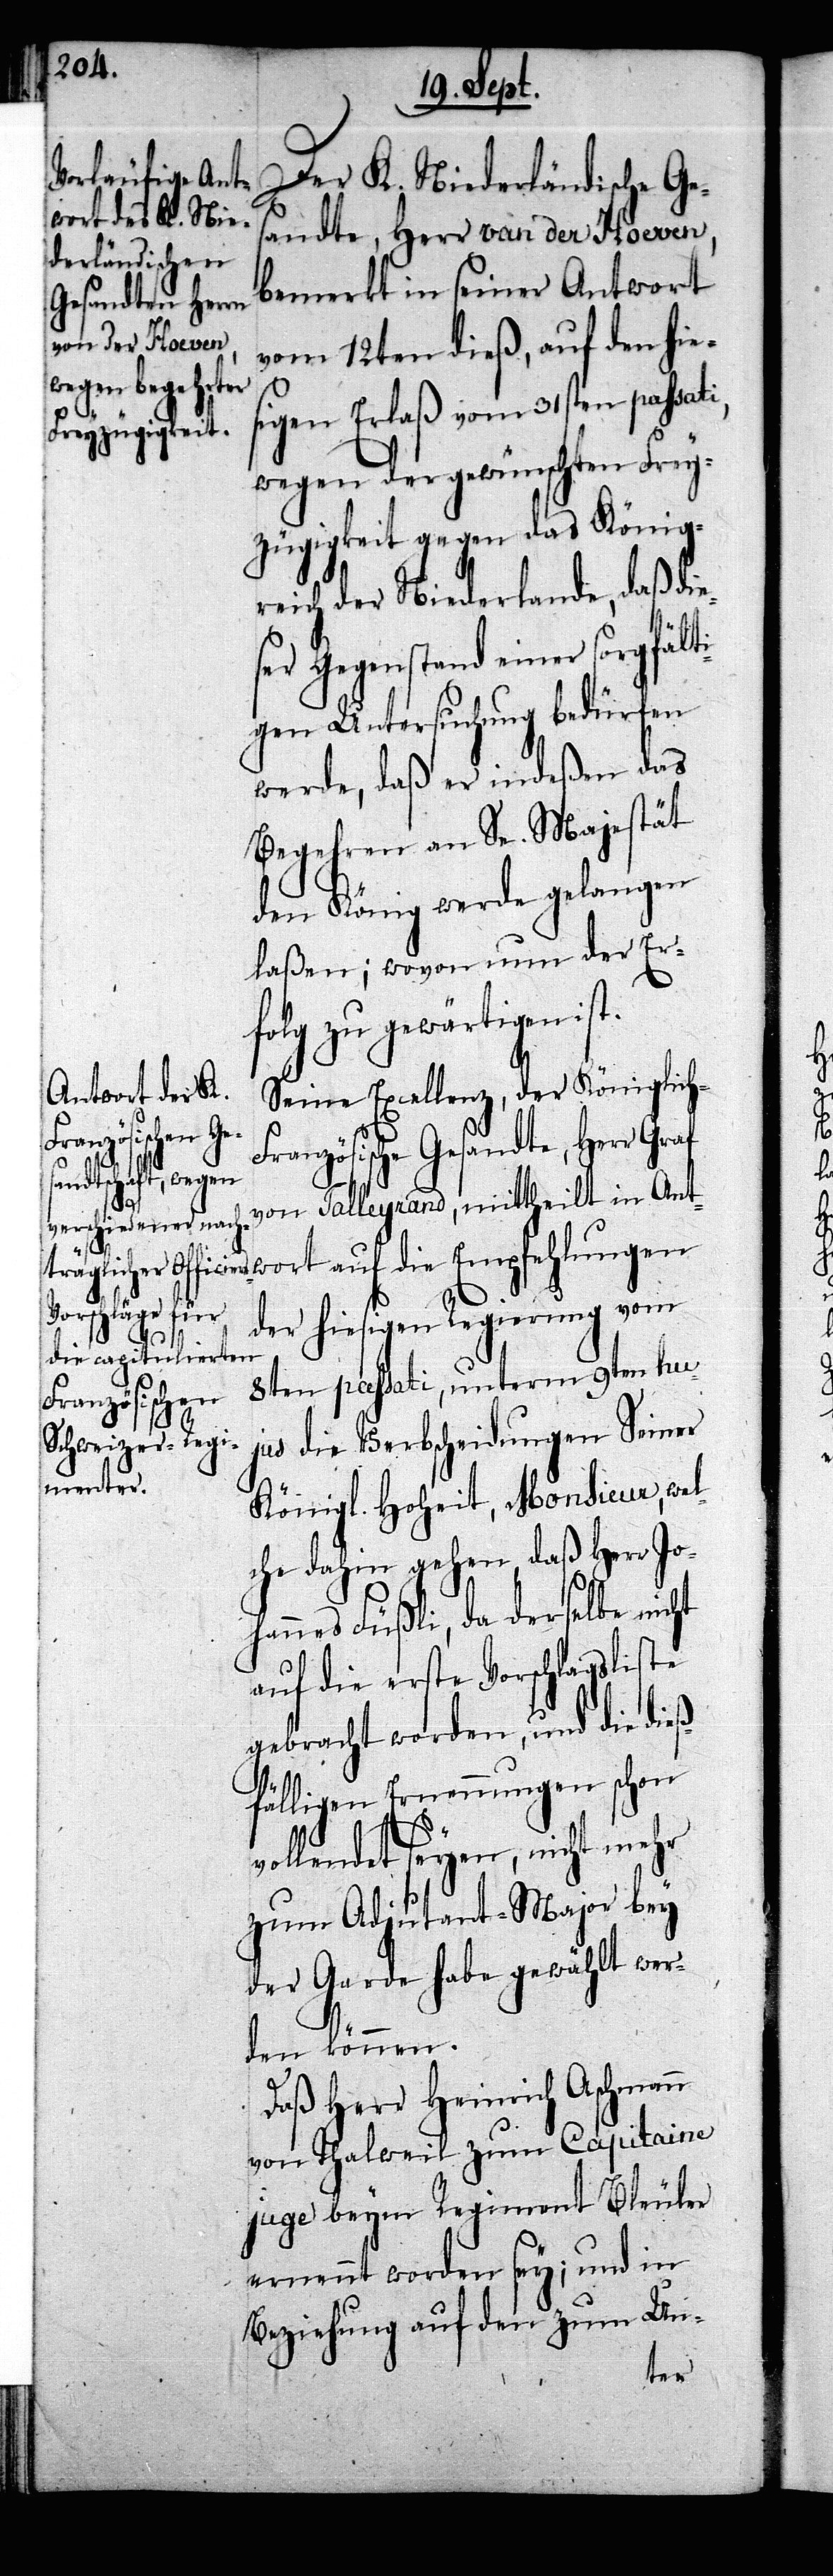
Der K. Niederländische Ges¬
andte, Herr van der Hoeven,
bemerkt in seiner Antwort
vom 12ten dieß, auf den hie¬
sigen Erlaß vom 31sten passati,
wegen der gewünschten Frey¬
zügigkeit gegen das König¬
reich der Niederlande, daß die¬
ser Gegenstand einer sorgfälti¬
gen Untersuchung bedürfen
werde, daß er indeßen das
Begehren an Se. Majestät
den König werde gelangen
laßen; wovon nun der Er¬
folg zu gewärtigen ist.
Seine Excellenz, der Königlich-F¬
ranzösische Gesandte, Herr Graf
von Talleyrand, mittheilt in Ant¬
der hiesigen Regierung vom
wort
8ten passati, unterm 9ten hu¬
jus die Verbscheidungen Seiner
Königl. Hoheit, Monsieur, wel¬
che dahin gehen, daß Herr Jo¬
hannes Füßli, da derselbe nicht
auf die erste Vorschlagsliste
gebracht worden, und die dieß¬
fälligen Ernennungen schon
vollendet seyen, nicht mehr
zum Adjutant-Major bey
der Garde habe gewählt wer¬
den können.
Daß Herr Heinrich Aschmann
von Thalweil zum Capitaine
juge beym Regiment Bleuler
ernennt worden sey; und in
Beziehung auf den zum Un-